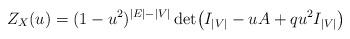
LaTeX: \begin{align*} Z_{X}(u)=(1-u^2)^{|E|-|V|}\det\bigl(I_{|V|}-uA+qu^2 I_{|V|}\bigr)\end{align*}